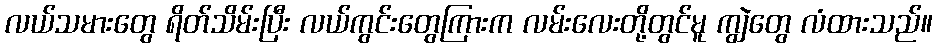
လယ်သမားတွေ ရိတ်သိမ်းပြီး လယ်ကွင်းတွေကြားက လမ်းလေးတို့တွင်မူ ကျွဲတွေ လံထားသည်။